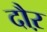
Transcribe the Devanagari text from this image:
दौऱ